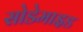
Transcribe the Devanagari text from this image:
सोडेमाइड